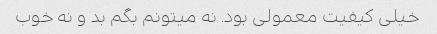
خیلی کیفیت معمولی بود. نه میتونم بگم بد و نه خوب